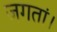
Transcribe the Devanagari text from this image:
जगतां।